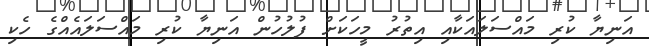
އަނިޔާ ކުރި މައްސަލައަކާއި އިތުރު މީހަކަށް ފުލުހުން އަނިޔާ ކުރި މައްސަލައެއްގެ ހެކި